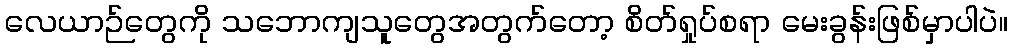
လေယာဉ်တွေကို သဘောကျသူတွေအတွက်တော့ စိတ်ရှုပ်စရာ မေးခွန်းဖြစ်မှာပါပဲ။